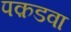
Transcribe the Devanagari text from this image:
पक़डवा